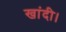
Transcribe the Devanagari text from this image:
खांदी।